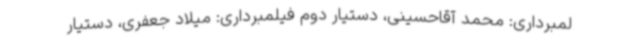
لمبرداری: محمد آقاحسینی، دستیار دوم فیلمبرداری: میلاد جعفری، دستیار